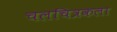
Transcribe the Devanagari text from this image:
चलचित्रकला